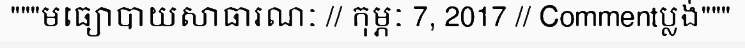
"""មធ្យោបាយសាធារណៈ // កុម្ភៈ 7, 2017 // Commentប្លង់"""